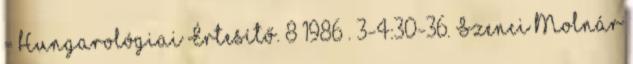
= Hungarológiai Értesítő. 8 1986 . 3-4:30-36. Szenci Molnár